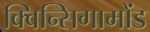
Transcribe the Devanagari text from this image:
क्विन्सिगामोंड